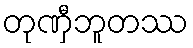
တုဏှီဘူတဿ